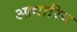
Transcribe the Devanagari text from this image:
आधारिय